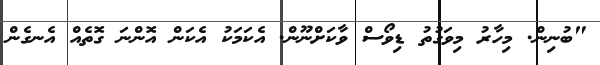
"ބުނިން. މިހާރު މިވަގުތު ޑިވޯސް ވާކަށްނޫން. އެކަމަކު އެކަން އޮންނަ ގޮތެއް އެނގެން